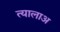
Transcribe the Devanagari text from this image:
त्यालाअ